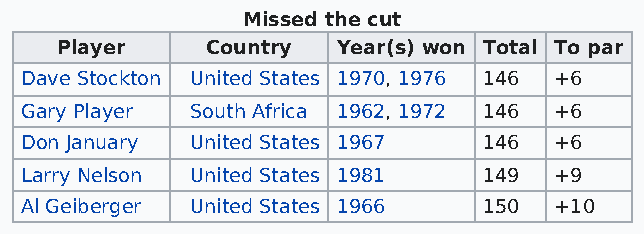
Missed the cut
 Player    Country Year(s) won Total To par
 Dave Stockton United States 1970, 1976 146 +6
 Gary Player South Africa 1962, 1972 146 +6
 Don January United States 1967 146  +6
 Larry Nelson United States 1981 149 +9
 Al Geiberger United States 1966 150 +10